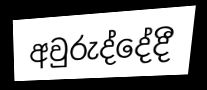
අවුරුද්දේදී